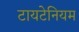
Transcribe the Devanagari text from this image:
टायटेनियम